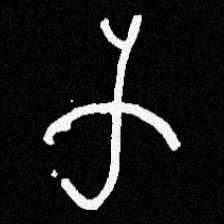
Pyu character \u2014 Myanmar letter: က (romanized: ka)